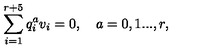
\sum _ { i = 1 } ^ { r + 5 } q _ { i } ^ { a } v _ { i } = 0 , \quad a = 0 , 1 . . . , r ,